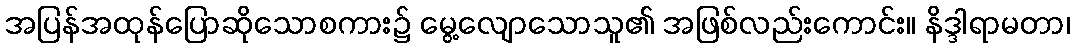
အပြန်အထုန်ပြောဆိုသောစကား၌ မွေ့လျောသောသူ၏ အဖြစ်လည်းကောင်း။ နိဒ္ဒါရာမတာ၊